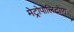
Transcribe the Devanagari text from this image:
मेट्रोपोलिटोण